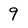
Character: 9